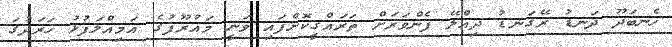
ހެނބަދޫ ދަނޑު ރޭގަނޑު ދިއްލޭ ފެންވަރަށް ތަރައްގީކޮށްފައި ވަނީ މައުރޫފުގެ އަމިއްލަފުޅު ޚަރަދުގަ